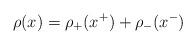
LaTeX: \begin{align*}\rho (x)=\rho _{+}(x^{+})+\rho _{-}(x^{-}) \end{align*}